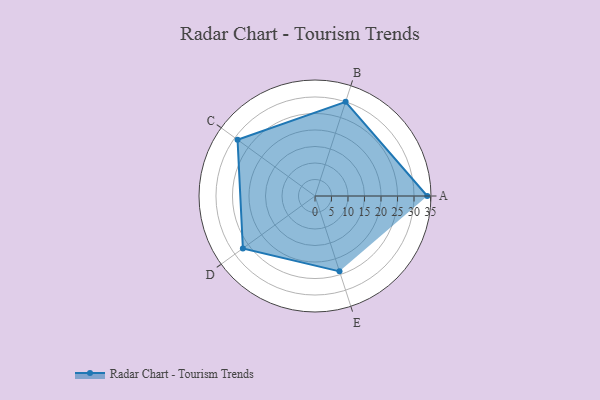
{"axis": {"x": "Skill", "y": "Score"}, "legend": ["Profile"], "data": [{"x": "A", "y": 34.0, "type": "Profile"}, {"x": "B", "y": 30.0, "type": "Profile"}, {"x": "C", "y": 29.0, "type": "Profile"}, {"x": "D", "y": 27.0, "type": "Profile"}, {"x": "E", "y": 24.0, "type": "Profile"}]}